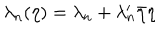
LaTeX: \lambda _ { n } ( \eta ) = \lambda _ { n } + \lambda _ { n } ^ { \prime } \bar { \eta } \eta